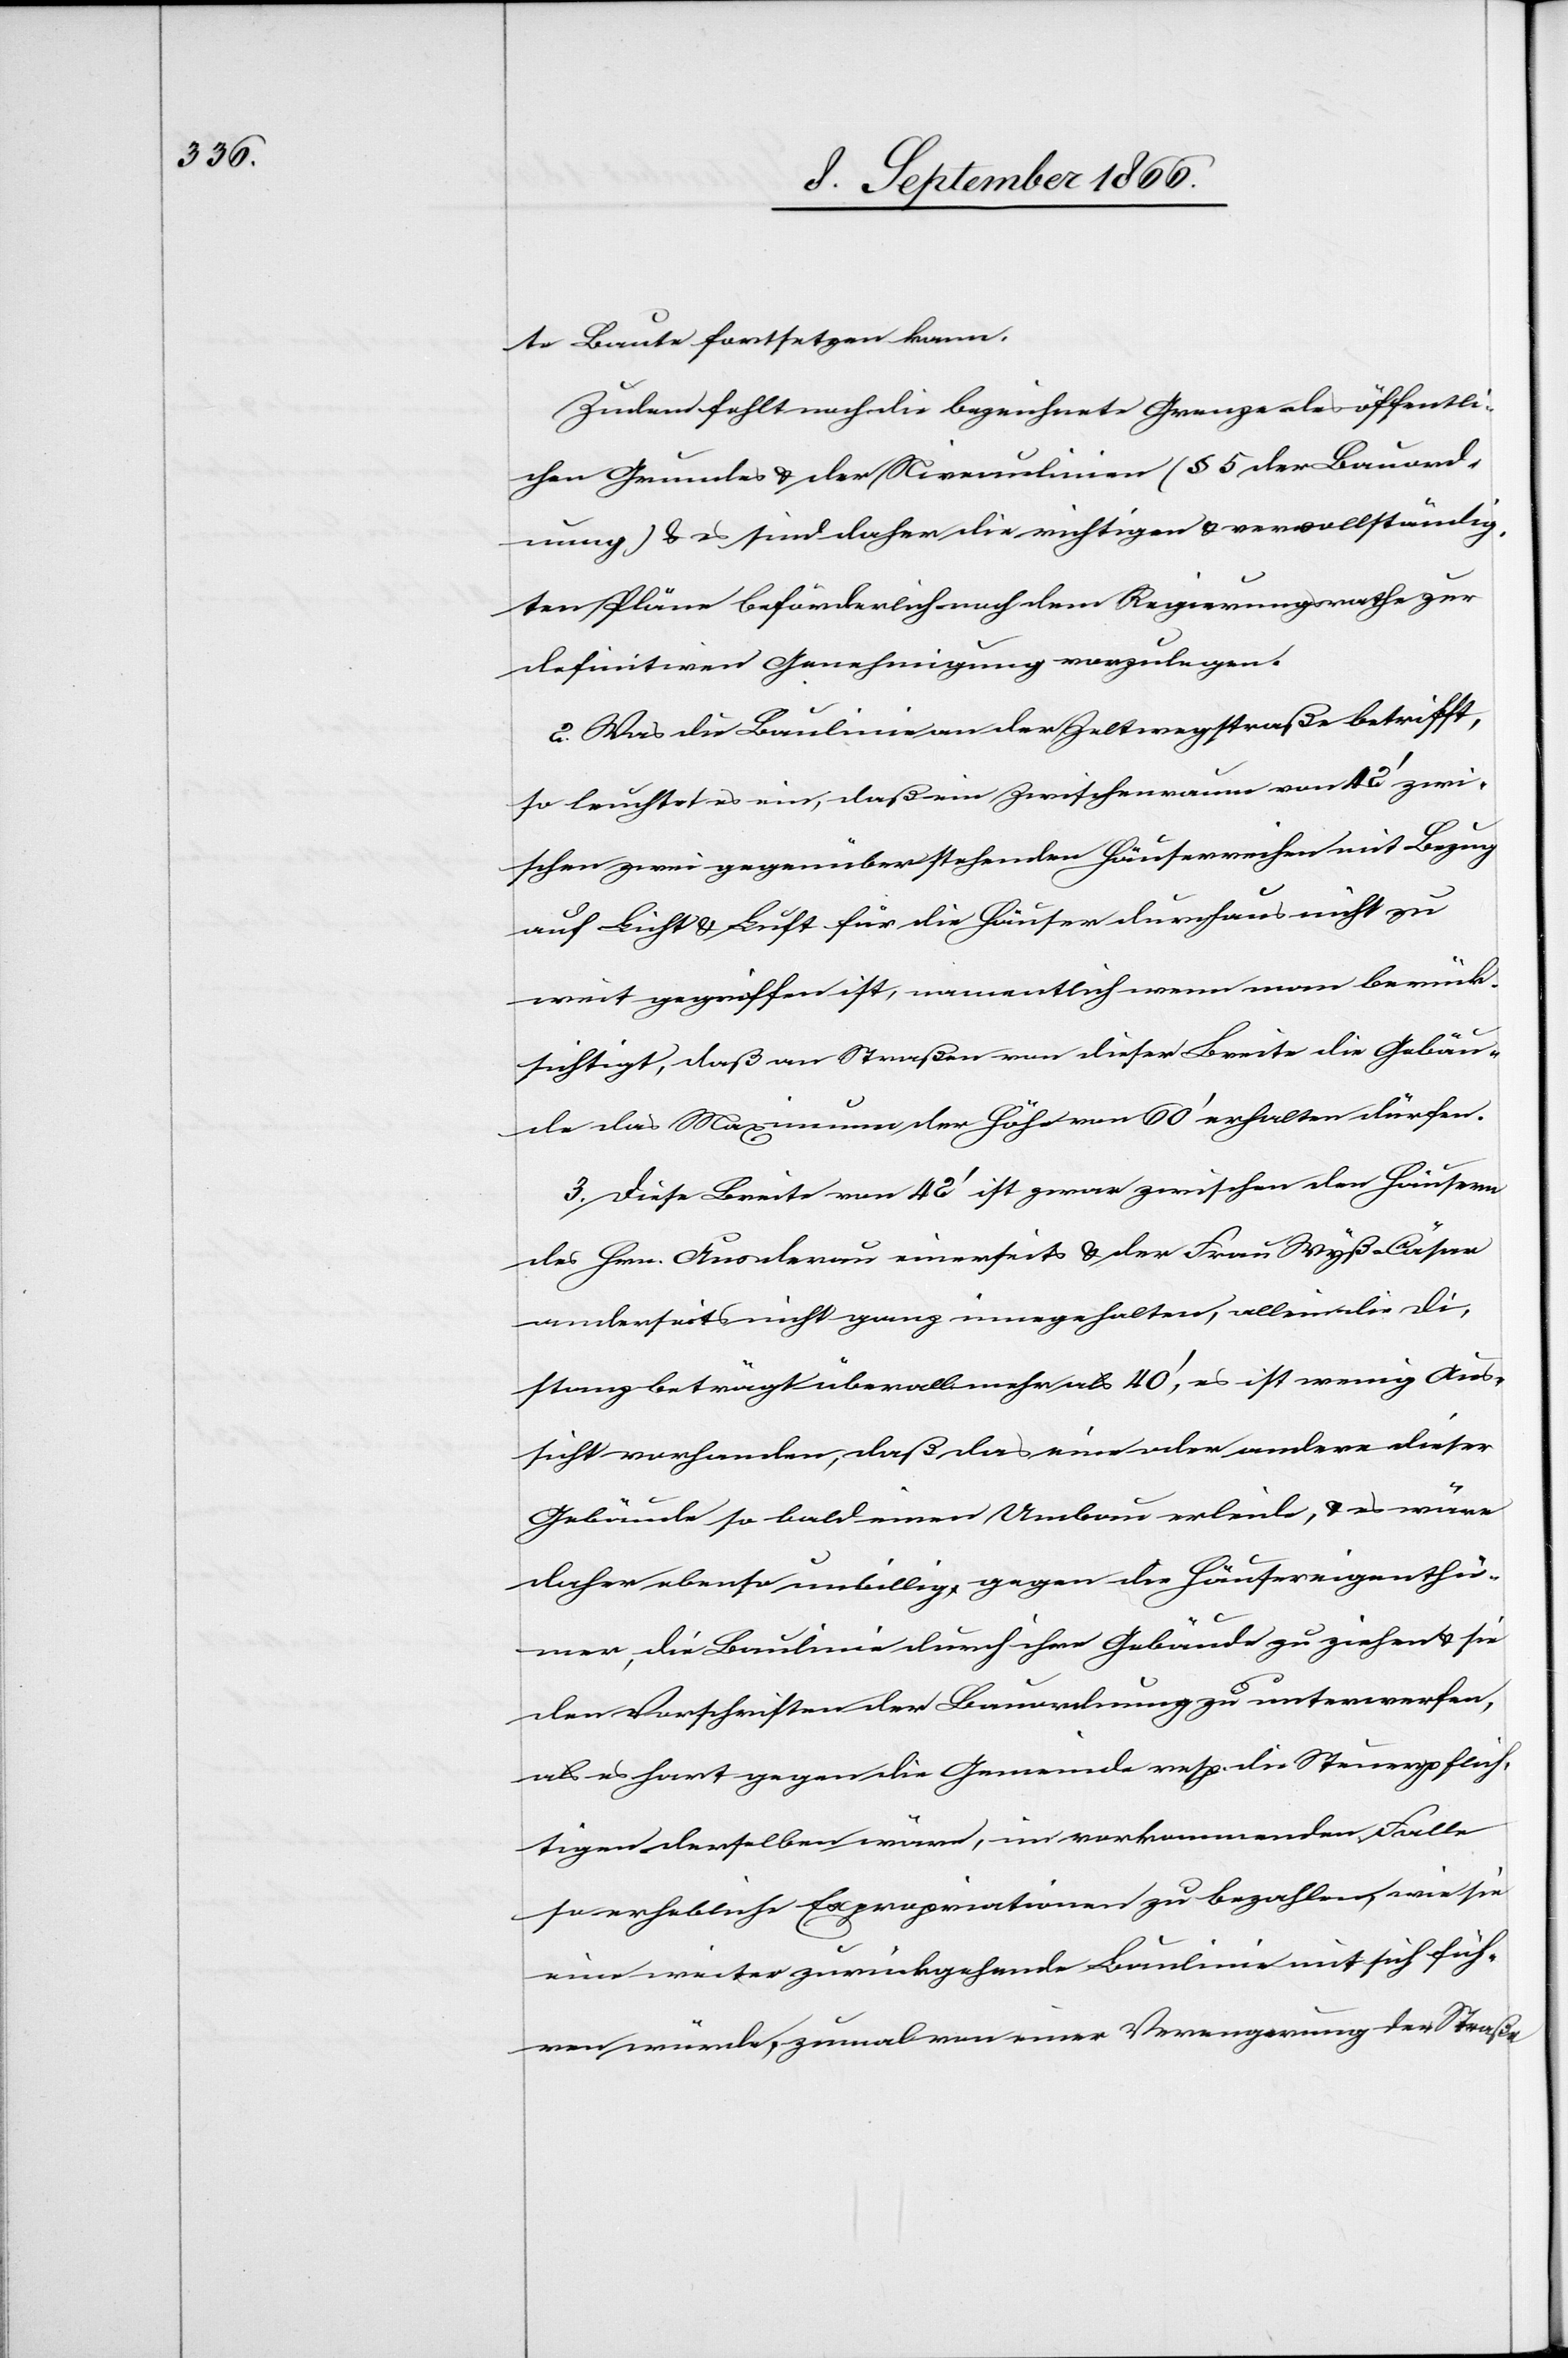
te Baute fortsetzen kann.
Zudem fehlt noch die bezeichnete Grenze des öffentli¬
chen Grundes u. der Niveaulinie (§ 5 der Bauord¬
nung) u. es sind daher die richtigen u. vervollständig¬
ten Pläne beförderlich nach dem Regierungsrathe zur
definitiven Genehmigung vorzulegen.
2. Was die Baulinie an der Zeltwegstraße betrifft,
so leuchtet es ein, daß ein Zwischenraum von 42‘ zwi¬
schen zwei gegenüberstehenden Häuserreihen mit Bezug
auf Licht u. Luft für die Häuser durchaus nicht zu
weit gegriffen ist, namentlich wenn man berück¬
sichtigt, daß an Straßen dieser Breite die Gebäu¬
de das Maximum der Höhe von 60‘ erhalten dürfen.
3. Diese Breite von 42‘ ist zwar zwischen den Häusern
des Hrn. Ausderau einerseits u. der Frau Wyß-Cäsar
anderseits nicht ganz eingehalten, allein die Di¬
stanz beträgt überall mehr als 40‘, es ist wenig Aus¬
sicht vorhanden, daß das eine oder andere dieser
Gebäude so bald einen Umbau erleide, u. es wäre
daher ebenso unbillig, gegen die Häusereigenthü¬
mer, die Baulinie durch ihre Gebäude zu ziehen u. sie
den Vorschriften der Bauordnung zu unterwerfen,
als es hart gegen die Gemeinde resp. die Steuerpflich¬
tigen derselben wäre, im vorkommenden Falle
so erhebliche Expropriationen zu bezahlen, wie sie
eine weiter zurückgehende Baulinie mit sich füh¬
ren würde, zumal von einer Verengerung der Straße